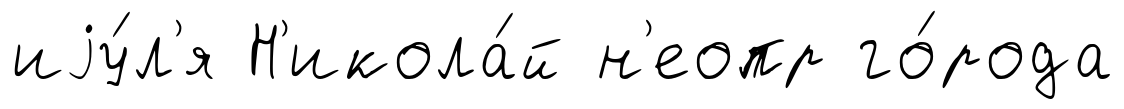
иjу́л'я Н'икола́й н'еопр го́рода